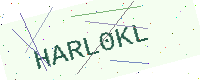
Text: HARL0KL